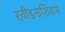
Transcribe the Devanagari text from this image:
स्वीडनाशिवाय